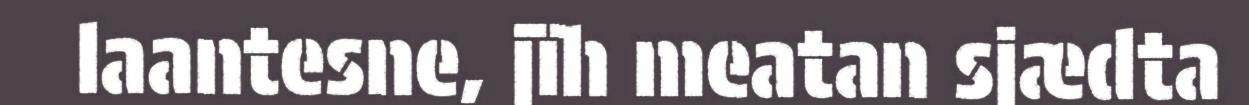
laantesne, jïh meatan sjædta